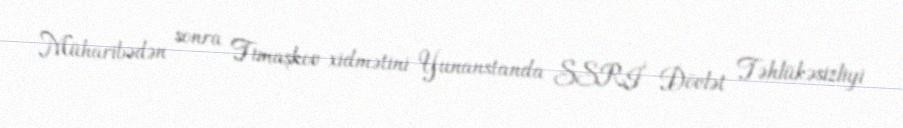
Müharibədən sonra Timaşkov xidmətini Yunanstanda SSRİ Dövlət Təhlükəsizliyi